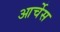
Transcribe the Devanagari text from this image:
आर्चेस